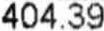
404.39